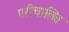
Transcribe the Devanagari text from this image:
परीचालित